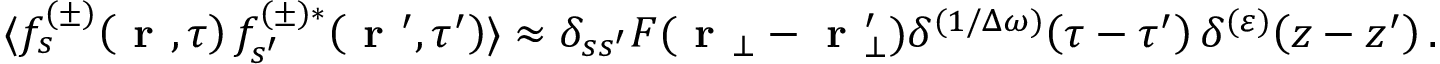
\langle f _ { s } ^ { ( \pm ) } \! \left( \textbf { r } , \tau \right) f _ { s ^ { \prime } } ^ { ( \pm ) * } \! \left( \textbf { r } ^ { \prime } , \tau ^ { \prime } \right) \rangle \approx \delta _ { s s ^ { \prime } } F ( \textbf { r } _ { \bot } - \textbf { r } _ { \bot } ^ { \prime } ) \delta ^ { ( 1 / \Delta \omega ) } \! \left( \tau - \tau ^ { \prime } \right) \delta ^ { ( \varepsilon ) } \! \left( z - z ^ { \prime } \right) .